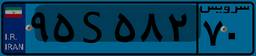
۳۴S۷۳۰۷۶